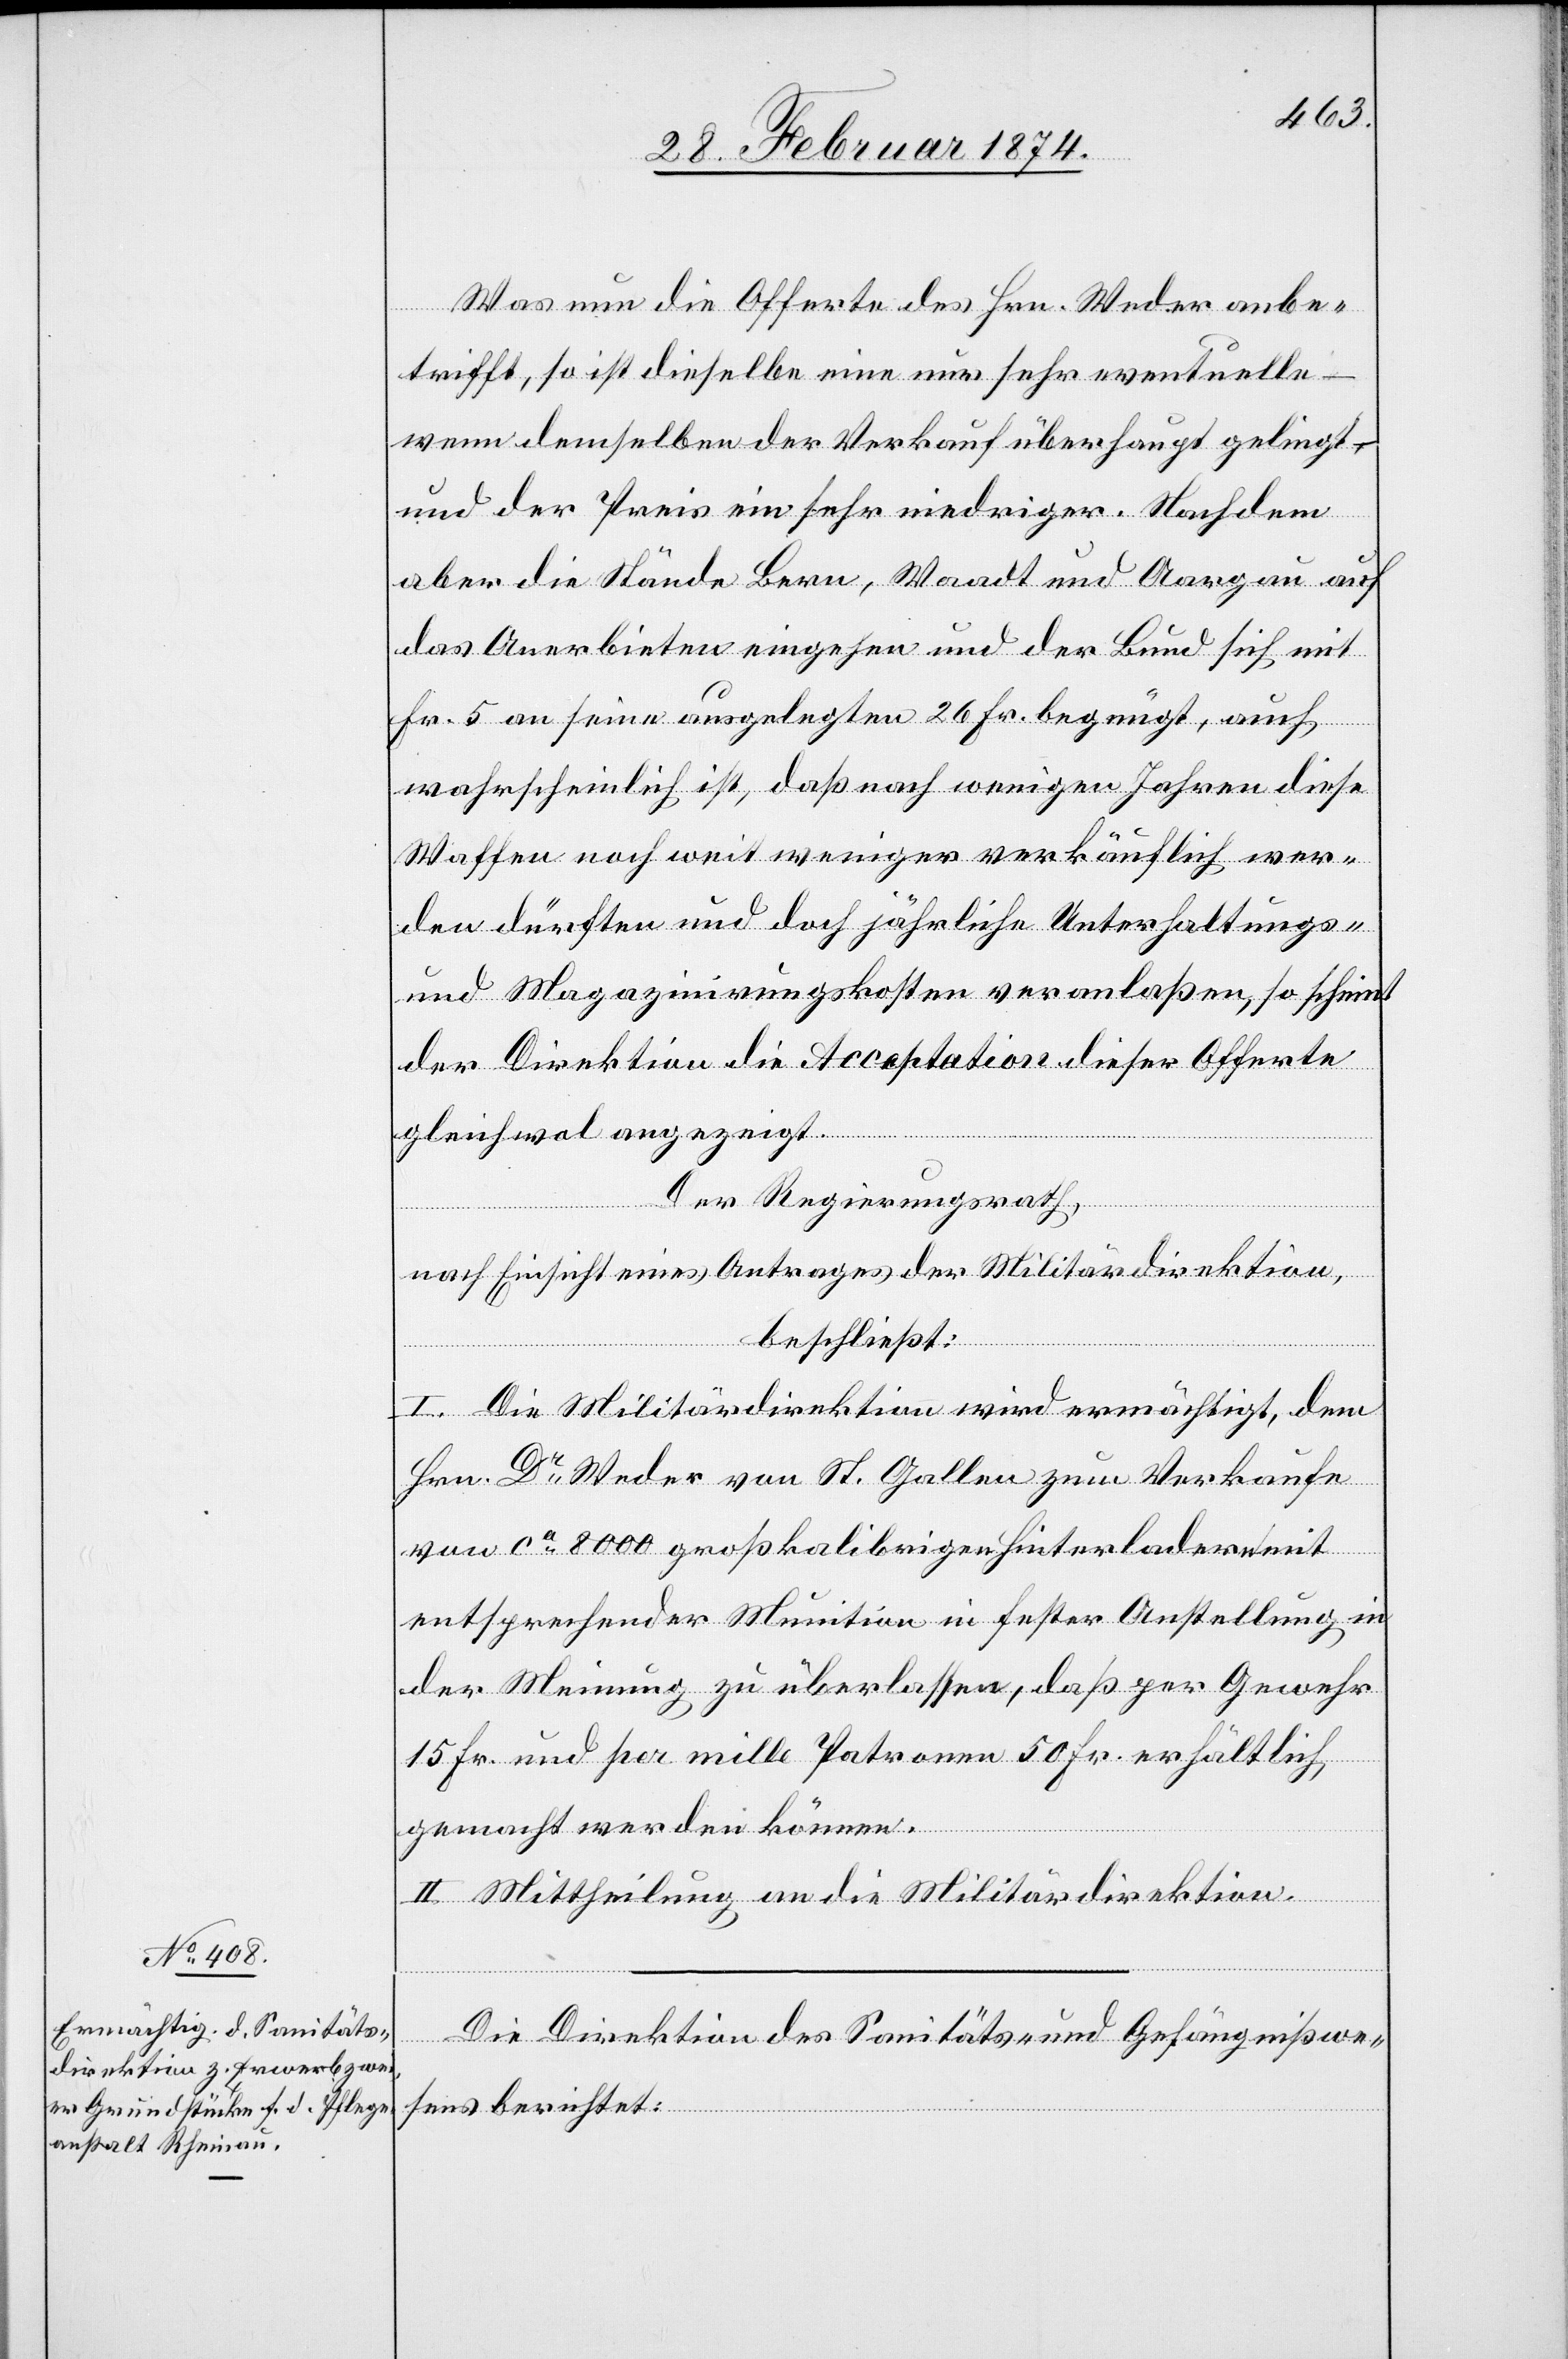
Was nun die Offerte des Hrn. Weder anbe¬
trifft, so ist dieselbe eine nur sehr eventuelle –
wenn demselben der Verkauf überhaupt gelingt
und der Preis ein sehr niedriger. Nachdem
aber die Stände Bern, Waadt und Aargau auf
das Anerbieten eingehen und der Bund sich mit
Fr. 5 an seine ausgelegten 26 Fr. begnügt, auch
wahrscheinlich ist, daß nach wenigen Jahren diese
Waffen noch weit weniger verkäuflich wer¬
den dürften und doch jährliche Unterhaltungs-
und Magazinirungskosten veranlaßen, so scheint
der Direktion die Acceptation dieser Offerte
gleichwol angezeigt.
Der Regierungsrath,
nach Einsicht eines Antrages der Militärdirektion,
beschließt:
I. Die Militärdirektion wird ermächtigt, dem
Hrn. Dr Weder von St. Gallen zum Verkaufe
von ca 8000 großkalibrigen Hinterladern mit
entsprechender Munition in fester Anstellung in
der Meinung zu überlassen, daß per Gewehr
15 Fr. und per mille Patronen 50 Fr. erhältlich,
gemacht werden können.
II. Mittheilung an die Militärdirektion.
Die Direktion des Sanitäts- und Gefängnißwe¬
sens berichtet: